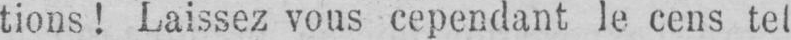
tions! Laissez vous cependant le cens tel